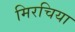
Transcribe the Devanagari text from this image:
मिरचिया